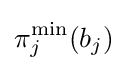
\pi _{j}^{\text{min}}(b_{j})